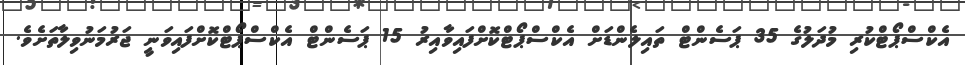
އެކްސްޕޯޓްކުރި މުދަލުގެ 35 ޕަސެންޓް ތައިލެންޑަށް އެކްސްޕޯޓްކޮށްފައިވާއިރު 15 ޕަސެންޓް އެކްސްޕޯޓްކޮށްފައިވަނީ ޖަރުމަނުވިލާތަށެވެ.